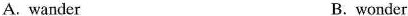
A. wander B.wonder